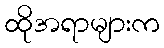
ထိုအရာများက